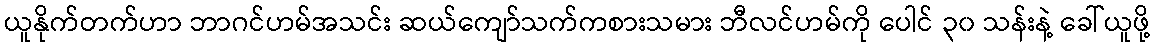
ယူနိုက်တက်ဟာ ဘာဂင်ဟမ်အသင်း ဆယ်ကျော်သက်ကစားသမား ဘီလင်ဟမ်ကို ပေါင် ၃၀ သန်းနဲ့ ခေါ်ယူဖို့